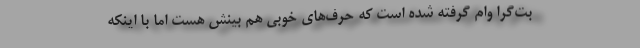
بت‌گرا وام گرفته شده است که حرف‌های خوبی هم بینش هست اما با اینکه